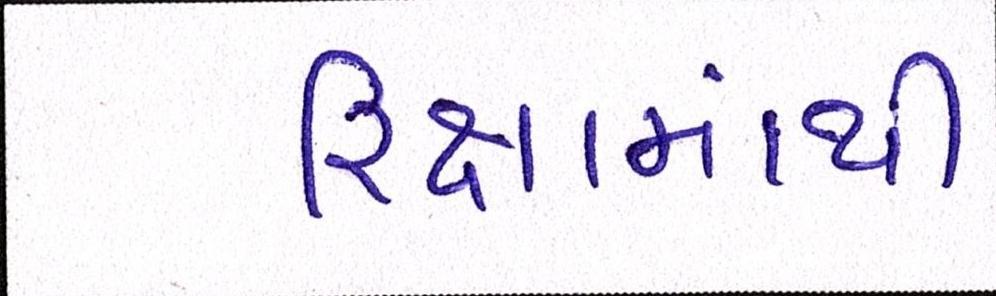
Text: રિક્ષામાંથી